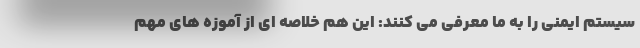
سیستم ایمنی را به ما معرفی می کنند: این هم خلاصه ای از آموزه های مهم